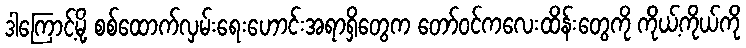
ဒါကြောင့်မို့ စစ်ထောက်လှမ်းရေးဟောင်းအရာရှိတွေက တော်ဝင်ကလေးထိန်းတွေကို ကိုယ့်ကိုယ်ကို